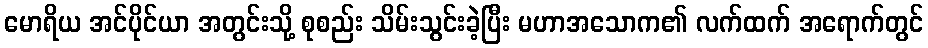
မောရိယ အင်ပိုင်ယာ အတွင်းသို့ စုစည်း သိမ်းသွင်းခဲ့ပြီး မဟာအသောက၏ လက်ထက် အရောက်တွင်